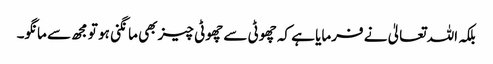
بلکہ اللہ تعالیٰ نے فرمایا ہے کہ چھوٹی سے چھوٹی چیز بھی مانگنی ہو تو مجھ سے مانگو۔